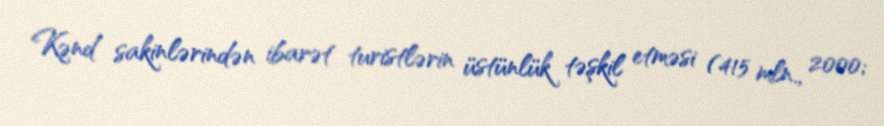
Kənd sakinlərindən ibarət turistlərin üstünlük təşkil etməsi (415 mln., 2000;